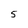
Character: 5